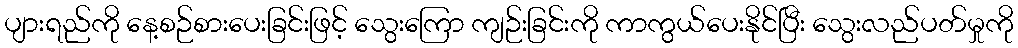
ပျားရည်ကို နေ့စဉ်စားပေးခြင်းဖြင့် သွေးကြော ကျဉ်းခြင်းကို ကာကွယ်ပေးနိုင်ပြီး သွေးလည်ပတ်မှုကို